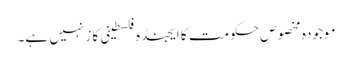
موجودہ مخصوص حکومت کا ایجنڈہ فلسطینی کاز نہیں ہے۔